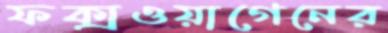
ফক্সওয়াগেনের